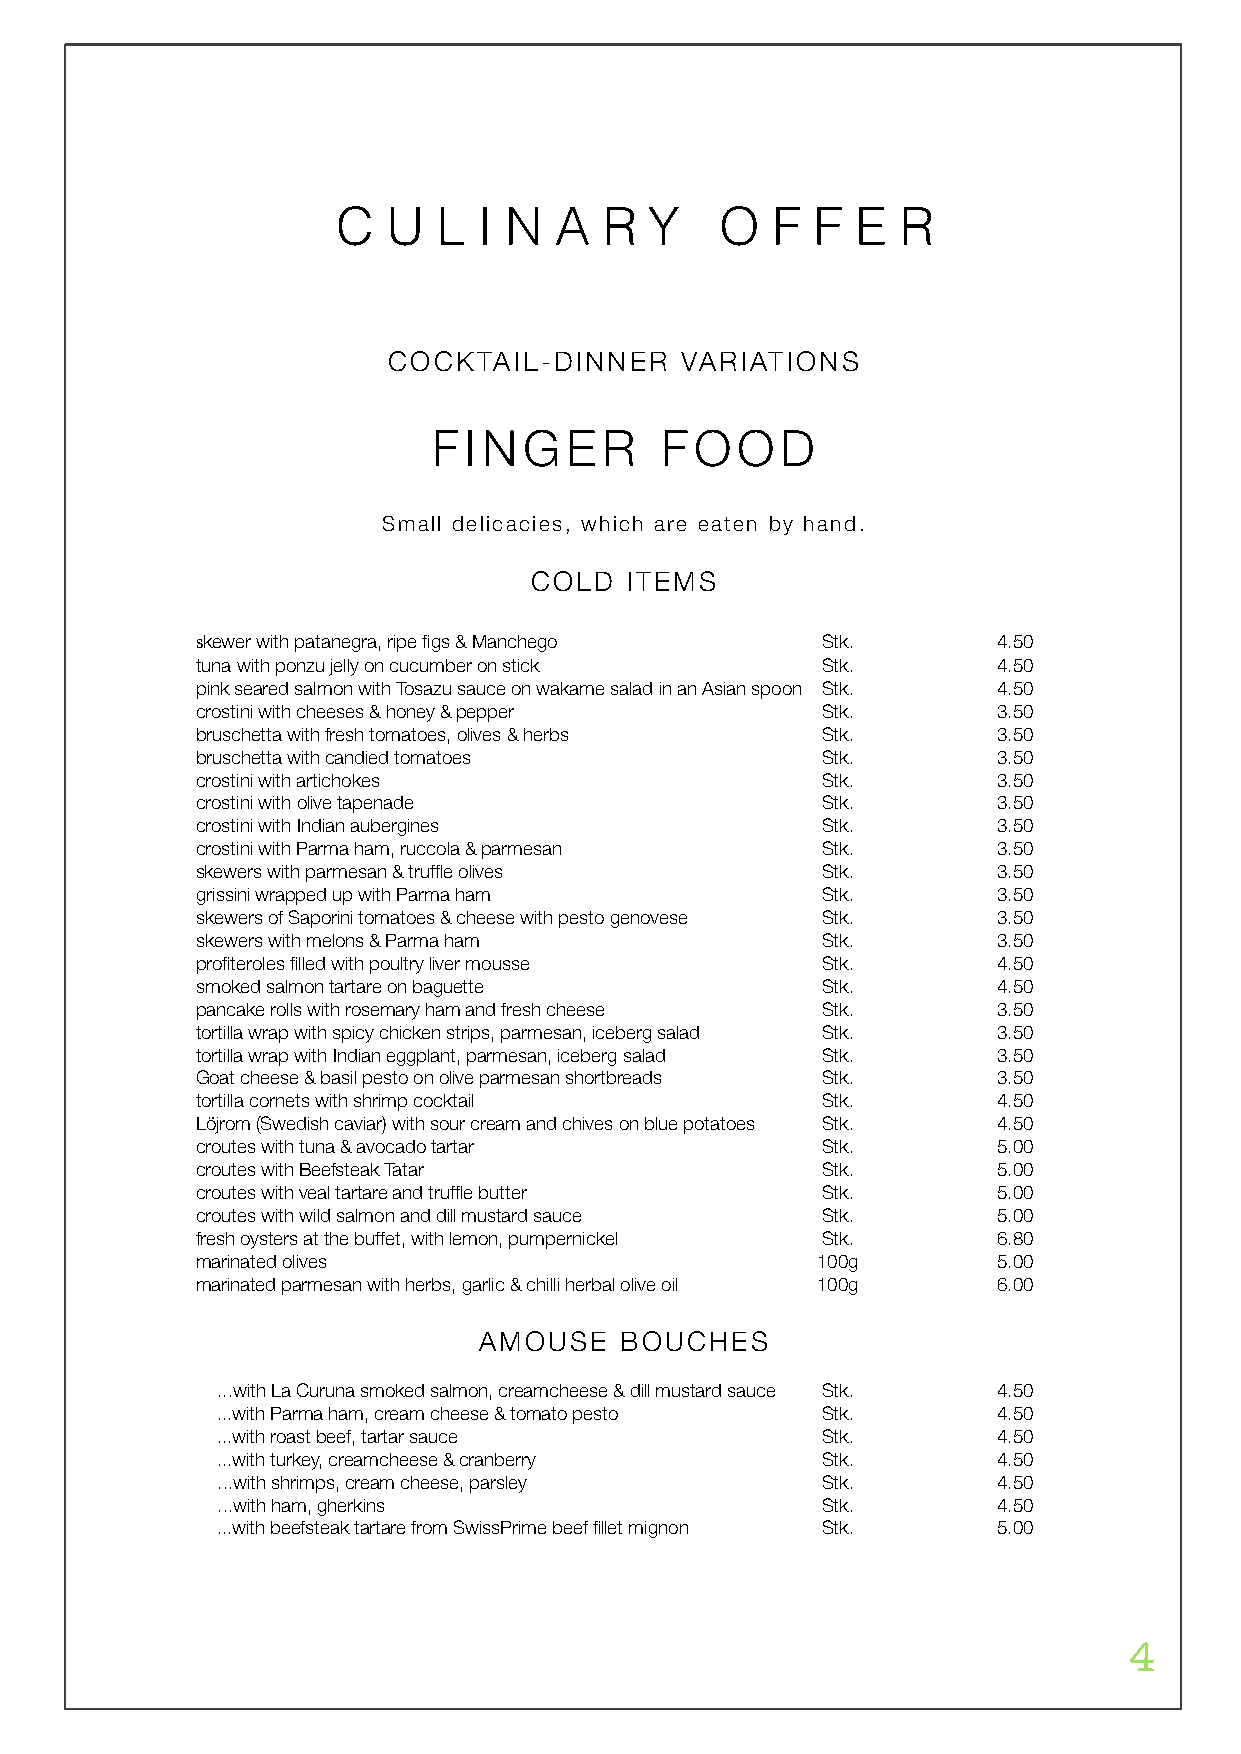
C   U  L  I N  A  R  Y    O  F  F  E  R
 COCKTAIL-DINNER    VARIATIONS
 FINGER         FOOD
 Small delicacies, which are eaten by hand.
 COLD  ITEMS
 skewer with patanegra, ripe figs & Manchego Stk.     4.50
 tuna with ponzu jelly on cucumber on stick Stk.      4.50
 pink seared salmon with Tosazu sauce on wakame salad in an Asian spoon Stk. 4.50
 crostini with cheeses & honey & pepper   Stk.        3.50
 bruschetta with fresh tomatoes, olives & herbs Stk.  3.50
 bruschetta with candied tomatoes         Stk.        3.50
 crostini with artichokes                 Stk.        3.50
 crostini with olive tapenade             Stk.        3.50
 crostini with Indian aubergines          Stk.        3.50
 crostini with Parma ham, ruccola & parmesan Stk.     3.50
 skewers with parmesan & truffle olives   Stk.        3.50
 grissini wrapped up with Parma ham       Stk.        3.50
 skewers of Saporini tomatoes & cheese with pesto genovese Stk. 3.50
 skewers with melons & Parma ham          Stk.        3.50
 profiteroles filled with poultry liver mousse Stk.   4.50
 smoked salmon tartare on baguette        Stk.        4.50
 pancake rolls with rosemary ham and fresh cheese Stk. 3.50
 tortilla wrap with spicy chicken strips, parmesan, iceberg salad Stk. 3.50
 tortilla wrap with Indian eggplant, parmesan, iceberg salad Stk. 3.50
 Goat cheese & basil pesto on olive parmesan shortbreads Stk. 3.50
 tortilla cornets with shrimp cocktail    Stk.        4.50
 Löjrom (Swedish caviar) with sour cream and chives on blue potatoes Stk. 4.50
 croutes with tuna & avocado tartar       Stk.        5.00
 croutes with Beefsteak Tatar             Stk.        5.00
 croutes with veal tartare and truffle butter Stk.    5.00
 croutes with wild salmon and dill mustard sauce Stk. 5.00
 fresh oysters at the buffet, with lemon, pumpernickel Stk. 6.80
 marinated olives                         100g        5.00
 marinated parmesan with herbs, garlic & chilli herbal olive oil 100g 6.00
 AMOUSE   BOUCHES
 ...with La Curuna smoked salmon, creamcheese & dill mustard sauce Stk. 4.50
 ...with Parma ham, cream cheese & tomato pesto Stk. 4.50
 ...with roast beef, tartar sauce        Stk.        4.50
 ...with turkey, creamcheese & cranberry Stk.        4.50
 ...with shrimps, cream cheese, parsley  Stk.        4.50
 ...with ham, gherkins                   Stk.        4.50
 ...with beefsteak tartare from SwissPrime beef fillet mignon Stk. 5.00
 4